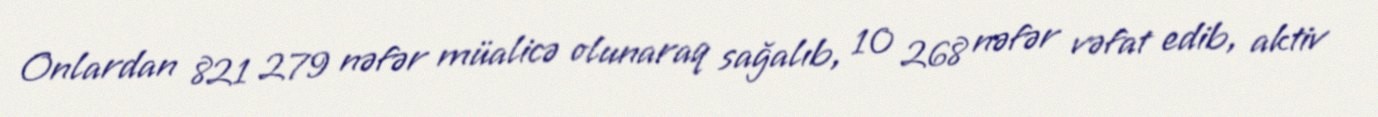
Onlardan 821 279 nəfər müalicə olunaraq sağalıb, 10 268 nəfər vəfat edib, aktiv